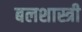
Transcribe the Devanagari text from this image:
बलशास्त्री